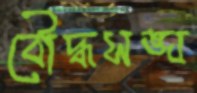
বৌদ্ধসঙ্ঘ